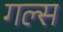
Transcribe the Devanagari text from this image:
गल्स